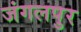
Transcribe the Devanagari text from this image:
जंगलपुर